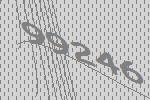
99246